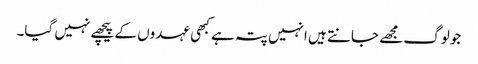
جولوگ مجھے جانتے ہیں انہیں پتہ ہے کبھی عہدوں کے پیچھے نہیں گیا۔